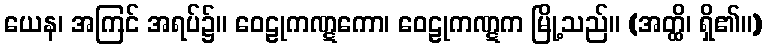
ယေန၊ အကြင် အရပ်၌။ ဝေဠုကဏ္ဋကော၊ ဝေဠုကဏ္ဋက မြို့သည်။ (အတ္ထိ၊ ရှိ၏။)